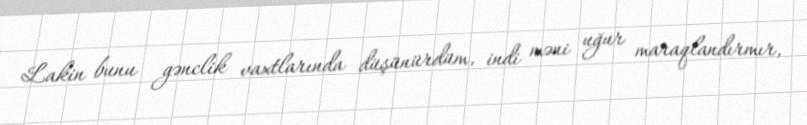
Lakin bunu gənclik vaxtlarında düşünürdüm, indi məni uğur maraqlandırmır,